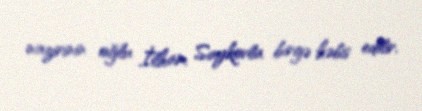
nazirinin oğlu İlham Saykovla birgə həbs edilir.